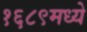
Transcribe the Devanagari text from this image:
१६८९मध्ये